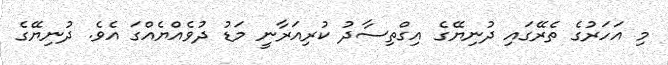
މި އަހަރުގެ ތެރޭގައި ދުނިޔޭގެ އިގްތިސާދު ކުރިއަރާނީ މަޑު ދުވެއްޔެއްގަ އެވެ. ދުނިޔޭގެ